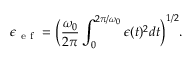
\epsilon _ { \mathrm { ~ e ~ f ~ } } = \Big ( \frac { \omega _ { 0 } } { 2 \pi } \int _ { 0 } ^ { 2 \pi / \omega _ { 0 } } \epsilon ( t ) ^ { 2 } d t \Big ) ^ { 1 / 2 } .